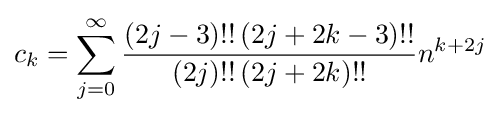
c_{k}=\sum _{j=0}^{\infty }{\frac {(2j-3)!!\,(2j+2k-3)!!}{(2j)!!\,(2j+2k)!!}}n^{k+2j}